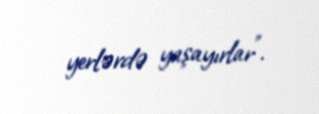
yerlərdə yaşayırlar”.